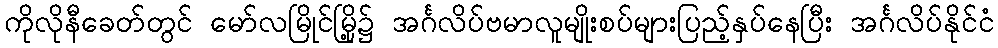
ကိုလိုနီခေတ်တွင် မော်လမြိုင်မြို့၌ အင်္ဂလိပ်ဗမာလူမျိုးစပ်များပြည့်နှပ်နေပြီး အင်္ဂလိပ်နိုင်ငံ